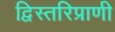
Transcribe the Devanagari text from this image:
द्विस्तरिप्राणी